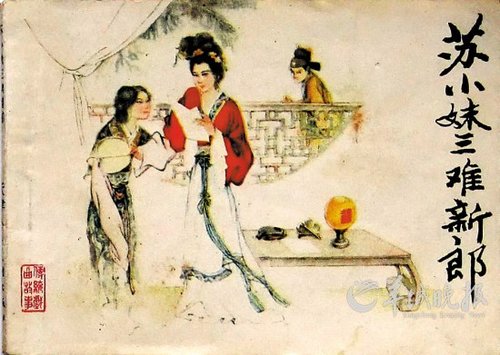
闭门觅句陈无己，对客挥毫秦少游。